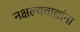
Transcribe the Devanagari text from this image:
नक्षल्यवाद्यांना